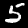
Digit: 5